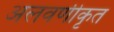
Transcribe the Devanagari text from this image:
अलवणीकृत